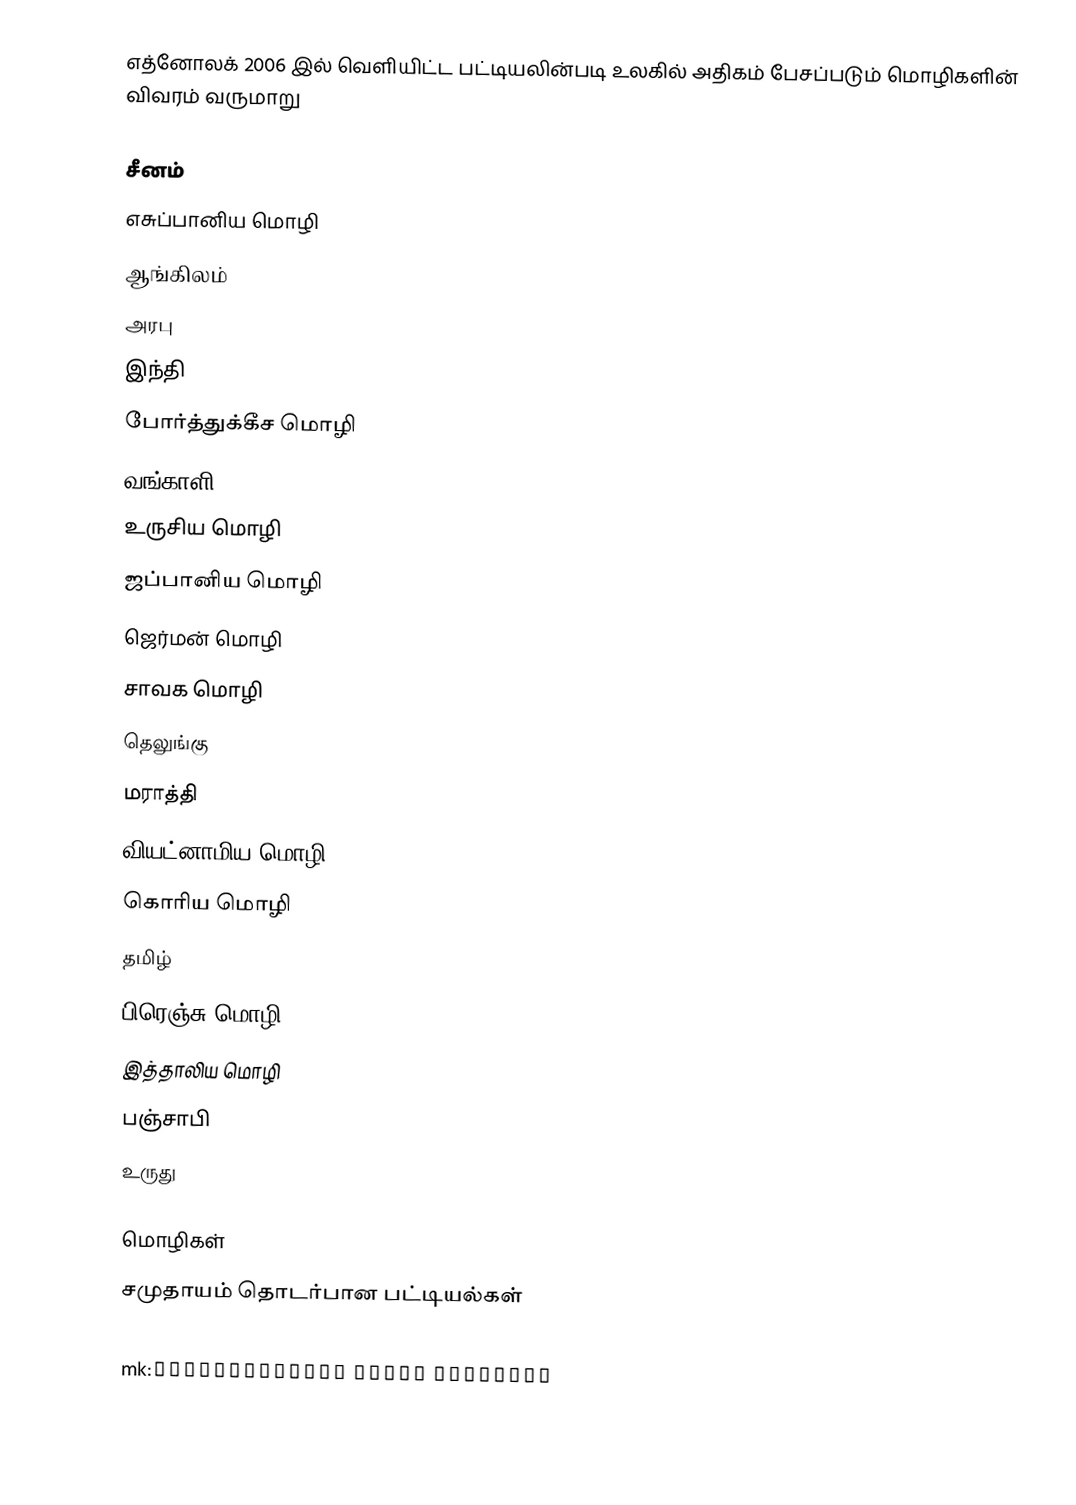
எத்னோலக் 2006 இல் வெளியிட்ட பட்டியலின்படி உலகில் அதிகம் பேசப்படும் மொழிகளின் விவரம் வருமாறு

 சீனம்
 எசுப்பானிய மொழி
 ஆங்கிலம்
 அரபு
 இந்தி
 போர்த்துக்கீச மொழி
 வங்காளி
 உருசிய மொழி
 ஜப்பானிய மொழி
 ஜெர்மன் மொழி
 சாவக மொழி
 தெலுங்கு
 மராத்தி
 வியட்னாமிய மொழி
 கொரிய மொழி
 தமிழ்
 பிரெஞ்சு மொழி
 இத்தாலிய மொழி
 பஞ்சாபி
 உருது

மொழிகள்
சமுதாயம் தொடர்பான பட்டியல்கள்

mk:Преднонепчена носна согласка